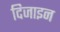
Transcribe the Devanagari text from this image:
दिजाइन